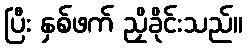
ပြီး နှစ်ဖက် ညှိခိုင်းသည်။